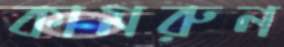
কামরুন